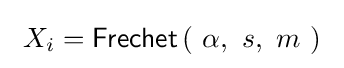
\ X_{i}={\textsf {Frechet}}\left(\ \alpha ,\ s,\ m\ \right)\